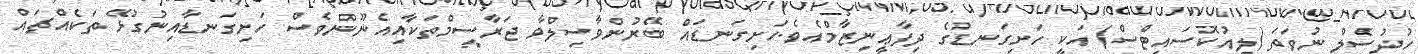
ހުދުސެލް ނުވަތަ (ލިއުކޮސައިޓްސް) އަކީ ހަށިގަނޑުގެ ދިފާޢީނިޒާމްއެވެ.ހަށިގަނޑައް ބޭރުންވާސިލްވާ ޖަރާސީމްތަކާއިއެނޫންވެސް ހަށިގަނޑާއިނުގުޅޭ ތަކެއްޗައް